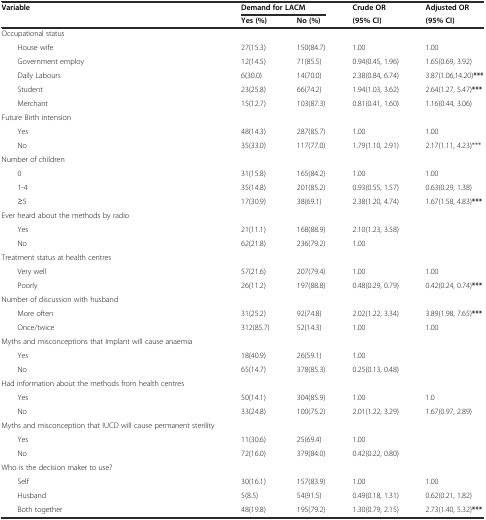
<table><thead><tr><td rowspan="2"><b>Variable</b></td><td colspan="2"><b>Demand for LACM</b></td><td><b>Crude OR</b></td><td><b>Adjusted OR</b></td></tr><tr><td><b>Yes (%)</b></td><td><b>No (%)</b></td><td><b>(95% CI)</b></td><td><b>(95% CI)</b></td></tr></thead><tbody><tr><td>Occupational status</td><td></td><td></td><td></td><td></td></tr><tr><td>House wife</td><td>27(15.3)</td><td>150(84.7)</td><td>1.00</td><td>1.00</td></tr><tr><td>Government employ</td><td>12(14.5)</td><td>71(85.5)</td><td>0.94(0.45, 1.96)</td><td>1.65(0.69, 3.92)</td></tr><tr><td>Daily Labours</td><td>6(30.0)</td><td>14(70.0)</td><td>2.38(0.84, 6.74)</td><td>3.87(1.06,14.20)<b>***</b></td></tr><tr><td>Student</td><td>23(25.8)</td><td>66(74.2)</td><td>1.94(1.03, 3.62)</td><td>2.64(1.27, 5.47)<b>***</b></td></tr><tr><td>Merchant</td><td>15(12.7)</td><td>103(87.3)</td><td>0.81(0.41, 1.60)</td><td>1.16(0.44, 3.06)</td></tr><tr><td>Future Birth intension</td><td></td><td></td><td></td><td></td></tr><tr><td>Yes</td><td>48(14.3)</td><td>287(85.7)</td><td>1.00</td><td>1.00</td></tr><tr><td>No</td><td>35(33.0)</td><td>117(77.0)</td><td>1.79(1.10, 2.91)</td><td>2.17(1.11, 4.23)***</td></tr><tr><td>Number of children</td><td></td><td></td><td></td><td></td></tr><tr><td>0</td><td>31(15.8)</td><td>165(84.2)</td><td>1.00</td><td>1.00</td></tr><tr><td>1-4</td><td>35(14.8)</td><td>201(85.2)</td><td>0.93(0.55, 1.57)</td><td>0.63(0.29, 1.38)</td></tr><tr><td>≥5</td><td>17(30.9)</td><td>38(69.1)</td><td>2.38(1.20, 4.74)</td><td>1.67(1.58, 4.83)<b>***</b></td></tr><tr><td>Ever heard about the methods by radio</td><td></td><td></td><td></td><td></td></tr><tr><td>Yes</td><td>21(11.1)</td><td>168(88.9)</td><td>2.10(1.23, 3.58)</td><td></td></tr><tr><td>No</td><td>62(21.8)</td><td>236(79.2)</td><td>1.00</td><td></td></tr><tr><td>Treatment status at health centres</td><td></td><td></td><td></td><td></td></tr><tr><td>Very well</td><td>57(21.6)</td><td>207(79.4)</td><td>1.00</td><td>1.00</td></tr><tr><td>Poorly</td><td>26(11.2)</td><td>197(88.8)</td><td>0.48(0.29, 0.79)</td><td>0.42(0.24, 0.74)<b>***</b></td></tr><tr><td>Number of discussion with husband</td><td></td><td></td><td></td><td></td></tr><tr><td>More often</td><td>31(25.2)</td><td>92(74.8)</td><td>2.02(1.22, 3.34)</td><td>3.89(1.98, 7.65)<b>***</b></td></tr><tr><td>Once/twice</td><td>312(85.7)</td><td>52(14.3)</td><td>1.00</td><td>1.00</td></tr><tr><td>Myths and misconceptions that Implant will cause anaemia</td><td></td><td></td><td></td><td></td></tr><tr><td>Yes</td><td>18(40.9)</td><td>26(59.1)</td><td>1.00</td><td></td></tr><tr><td>No</td><td>65(14.7)</td><td>378(85.3)</td><td>0.25(0.13, 0.48)</td><td></td></tr><tr><td>Had information about the methods from health centres</td><td></td><td></td><td></td><td></td></tr><tr><td>Yes</td><td>50(14.1)</td><td>304(85.9)</td><td>1.00</td><td>1.0</td></tr><tr><td>No</td><td>33(24.8)</td><td>100(75.2)</td><td>2.01(1.22, 3.29)</td><td>1.67(0.97, 2.89)</td></tr><tr><td>Myths and misconception that IUCD will cause permanent sterility</td><td></td><td></td><td></td><td></td></tr><tr><td>Yes</td><td>11(30.6)</td><td>25(69.4)</td><td>1.00</td><td></td></tr><tr><td>No</td><td>72(16.0)</td><td>379(84.0)</td><td>0.42(0.22, 0.80)</td><td></td></tr><tr><td>Who is the decision maker to use?</td><td></td><td></td><td></td><td></td></tr><tr><td>Self</td><td>30(16.1)</td><td>157(83.9)</td><td>1.00</td><td>1.00</td></tr><tr><td>Husband</td><td>5(8.5)</td><td>54(91.5)</td><td>0.49(0.18, 1.31)</td><td>0.62(0.21, 1.82)</td></tr><tr><td>Both together</td><td>48(19.8)</td><td>195(79.2)</td><td>1.30(0.79, 2.15)</td><td>2.73(1.40, 5.32)<b>***</b></td></tr></tbody></table>